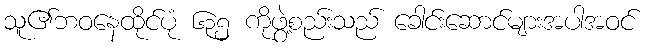
သူ၏ဘဝနေထိုင်ပုံ ၆၃၅ ကိုဖွဲ့စည်းသည် ခေါင်းဆောင်များအပါအဝင်